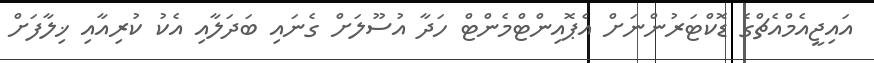
އައިޖީއެމްއެޗްގެ ޑޮކްޓަރުންނަށް އެޕޮއިންޓްމެންޓް ހަދާ އުސޫލަށް ގެނައި ބަދަލާއި އެކު ކުރިއާއި ޚިލާފަށް